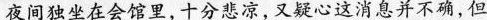
夜间独坐在会馆里，十分悲凉，又疑心这消息并不确，但